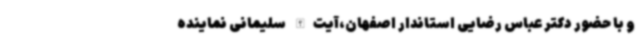
و با حضور دکتر عباس رضایی استاندار اصفهان،آیت‌الله سلیمانی نماینده